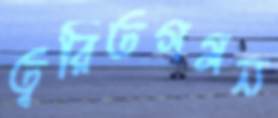
ত্বরিতগমন